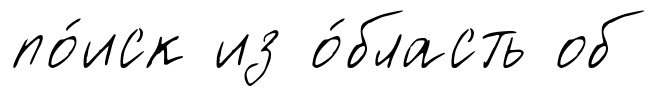
по́иск из о́бласть об